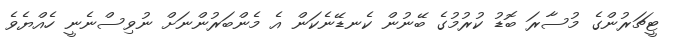
ޓީޗަރުންގެ މުސާރަ ބޮޑު ކުރުމުގެ ބޭނުން ކެނޑޭނެކަން އެ މެންބަރުންނަށް ނުވިސްނެނީ ހެއްޔެވެ